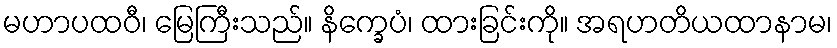
မဟာပထဝီ၊ မြေကြီးသည်။ နိက္ခေပံ၊ ထားခြင်းကို။ အရဟတိယထာနာမ၊